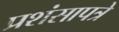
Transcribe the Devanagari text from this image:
प्रशंसापत्रे